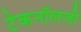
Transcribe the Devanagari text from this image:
टेकनॉलजी